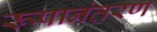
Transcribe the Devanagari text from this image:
रूपानंतरण